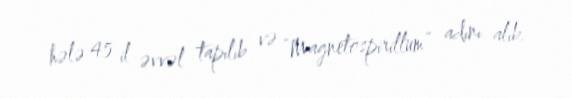
hələ 45 il əvvəl tapılıb və “Magnetospirillum” adını alıb.